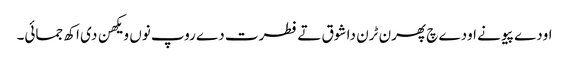
اودے پیو نے اودے چ پھرن ٹرن دا شوق تے فطرت دے روپ نوں ویکھن دی اکھ جمائی۔